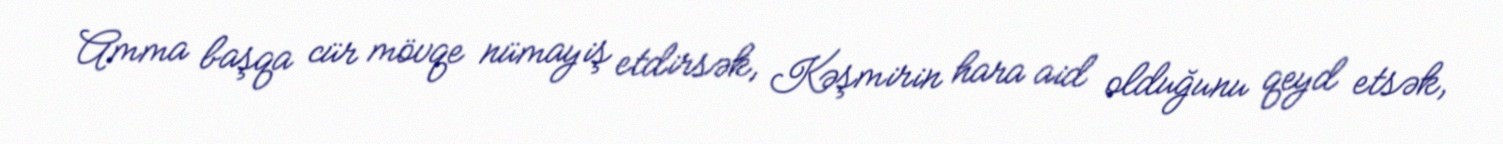
Amma başqa cür mövqe nümayiş etdirsək, Kəşmirin hara aid olduğunu qeyd etsək,